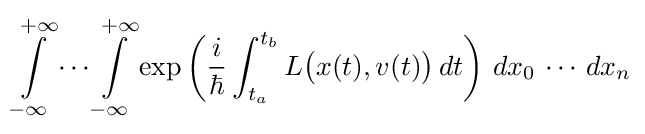
\int \limits _{-\infty }^{+\infty }\cdots \int \limits _{-\infty }^{+\infty }\exp \left({\frac {i}{\hbar }}\int _{t_{a}}^{t_{b}}L{\big (}x(t),v(t){\big )}\,dt\right)\,dx_{0}\,\cdots \,dx_{n}